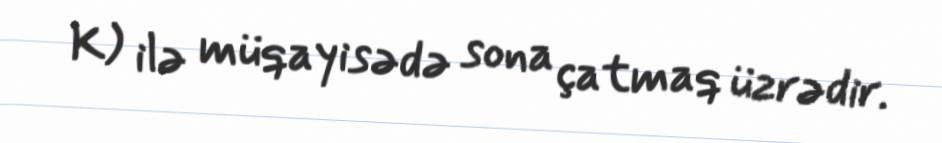
K) ilə müqayisədə sona çatmaq üzrədir.